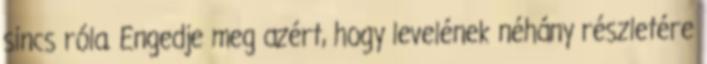
sincs róla. Engedje meg azért, hogy levelének néhány részletére